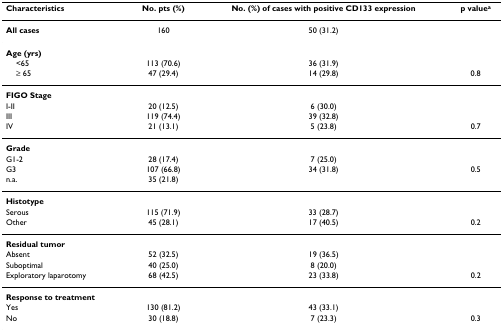
| Characteristics | No. pts (%) | No. (%) of cases with positive CD133 expression | p valuea |
 | --- | --- | --- | --- |
 | All cases | 160 | 50 (31.2) |  |
 | Age (yrs) |  |  |  |
 | <65 | 113 (70.6) | 36 (31.9) |  |
 | ≥ 65 | 47 (29.4) | 14 (29.8) | 0.8 |
 | FIGO Stage |  |  |  |
 | I-II | 20 (12.5) | 6 (30.0) |  |
 | III | 119 (74.4) | 39 (32.8) |  |
 | IV | 21 (13.1) | 5 (23.8) | 0.7 |
 | Grade |  |  |  |
 | G1-2 | 28 (17.4) | 7 (25.0) |  |
 | G3 | 107 (66.8) | 34 (31.8) | 0.5 |
 | n.a. | 35 (21.8) |  |  |
 | Histotype |  |  |  |
 | Serous | 115 (71.9) | 33 (28.7) |  |
 | Other | 45 (28.1) | 17 (40.5) | 0.2 |
 | Residual tumor |  |  |  |
 | Absent | 52 (32.5) | 19 (36.5) |  |
 | Suboptimal | 40 (25.0) | 8 (20.0) |  |
 | Exploratory laparotomy | 68 (42.5) | 23 (33.8) | 0.2 |
 | Response to treatment |  |  |  |
 | Yes | 130 (81.2) | 43 (33.1) |  |
 | No | 30 (18.8) | 7 (23.3) | 0.3 |